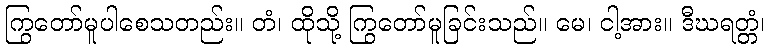
ကြွတော်မူပါစေသတည်း။ တံ၊ ထိုသို့ ကြွတော်မူခြင်းသည်။ မေ၊ ငါ့အား။ ဒီဃရတ္တံ၊